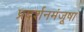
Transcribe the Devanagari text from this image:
प्रदर्शनमंजूषा